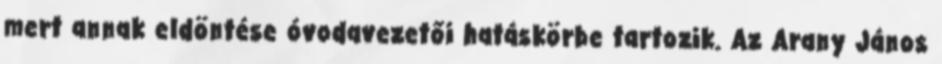
mert annak eldöntése óvodavezetői hatáskörbe tartozik. Az Arany János